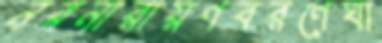
নরনারায়ণবরণেঘা